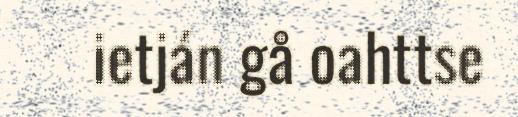
ietján gå oahttse